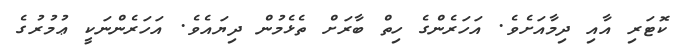
ކޮޓަރި އާއި ދިމާއަށެވެ. އަހަރެންގެ ހިތް ބާރަށް ތެޅެމުން ދިޔައެވެ. އަހަރެންނަކީ ޢުމުރުގެ